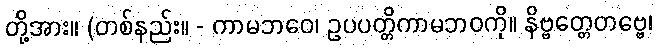
တို့အား။ (တစ်နည်း။ - ကာမဘဝေ၊ ဥပပတ္တိကာမဘဝကို။ နိဗ္ဗတ္တေတဗ္ဗေ၊